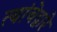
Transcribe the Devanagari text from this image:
त्यांचेद्वारे